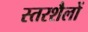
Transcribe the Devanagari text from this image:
स्तरशैलों